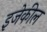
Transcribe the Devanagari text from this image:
इजेकील